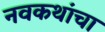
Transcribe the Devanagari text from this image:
नवकथांचा